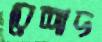
রেশাদ